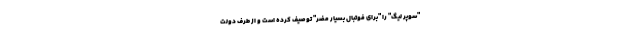
"سوپر لیگ" را "برای فوتبال بسیار مضر" توصیف کرده است و از طرف دولت